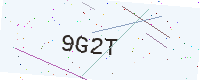
Text: 9G2T